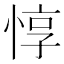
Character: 惇